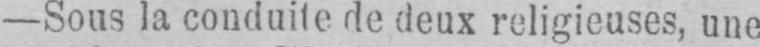
- Sous la conduite de deux religieuses, une